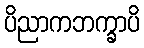
ပိညာကဘက္ခာပိ